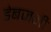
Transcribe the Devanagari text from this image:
डेबजनी